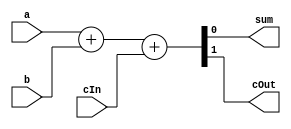
module rippleAdder(input a, b, cIn,
     output sum, cOut
    );
    
    assign {cOut, sum}= a + b + cIn;
    
endmodule


module NBitAdder #(parameter N=32)(input [N-1:0]A,B,
        output [N-1:0]Sum, output Cout);
	
	wire [N:0]carry;
	
	assign carry[0] = 1'b0;
	
	genvar i;
	generate
		for (i = 0; i < N; i = i + 1) begin: generated_adders
         
         rippleAdder s(A[i], B[i], carry[i], Sum[i], carry[i+1]);
         
		end
	endgenerate
	
	assign Cout = carry[N];

endmodule